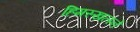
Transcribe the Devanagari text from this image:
हिमस्खलने